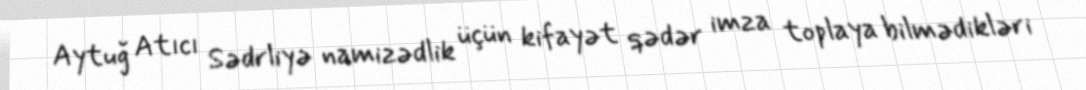
Aytuğ Atıcı Sədrliyə namizədlik üçün kifayət qədər imza toplaya bilmədikləri